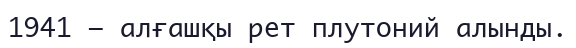
1941 — алғашқы рет плутоний алынды.